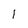
Character: I